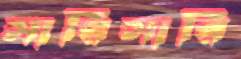
সারিসারি